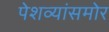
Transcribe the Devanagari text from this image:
पेशव्यांसमोर